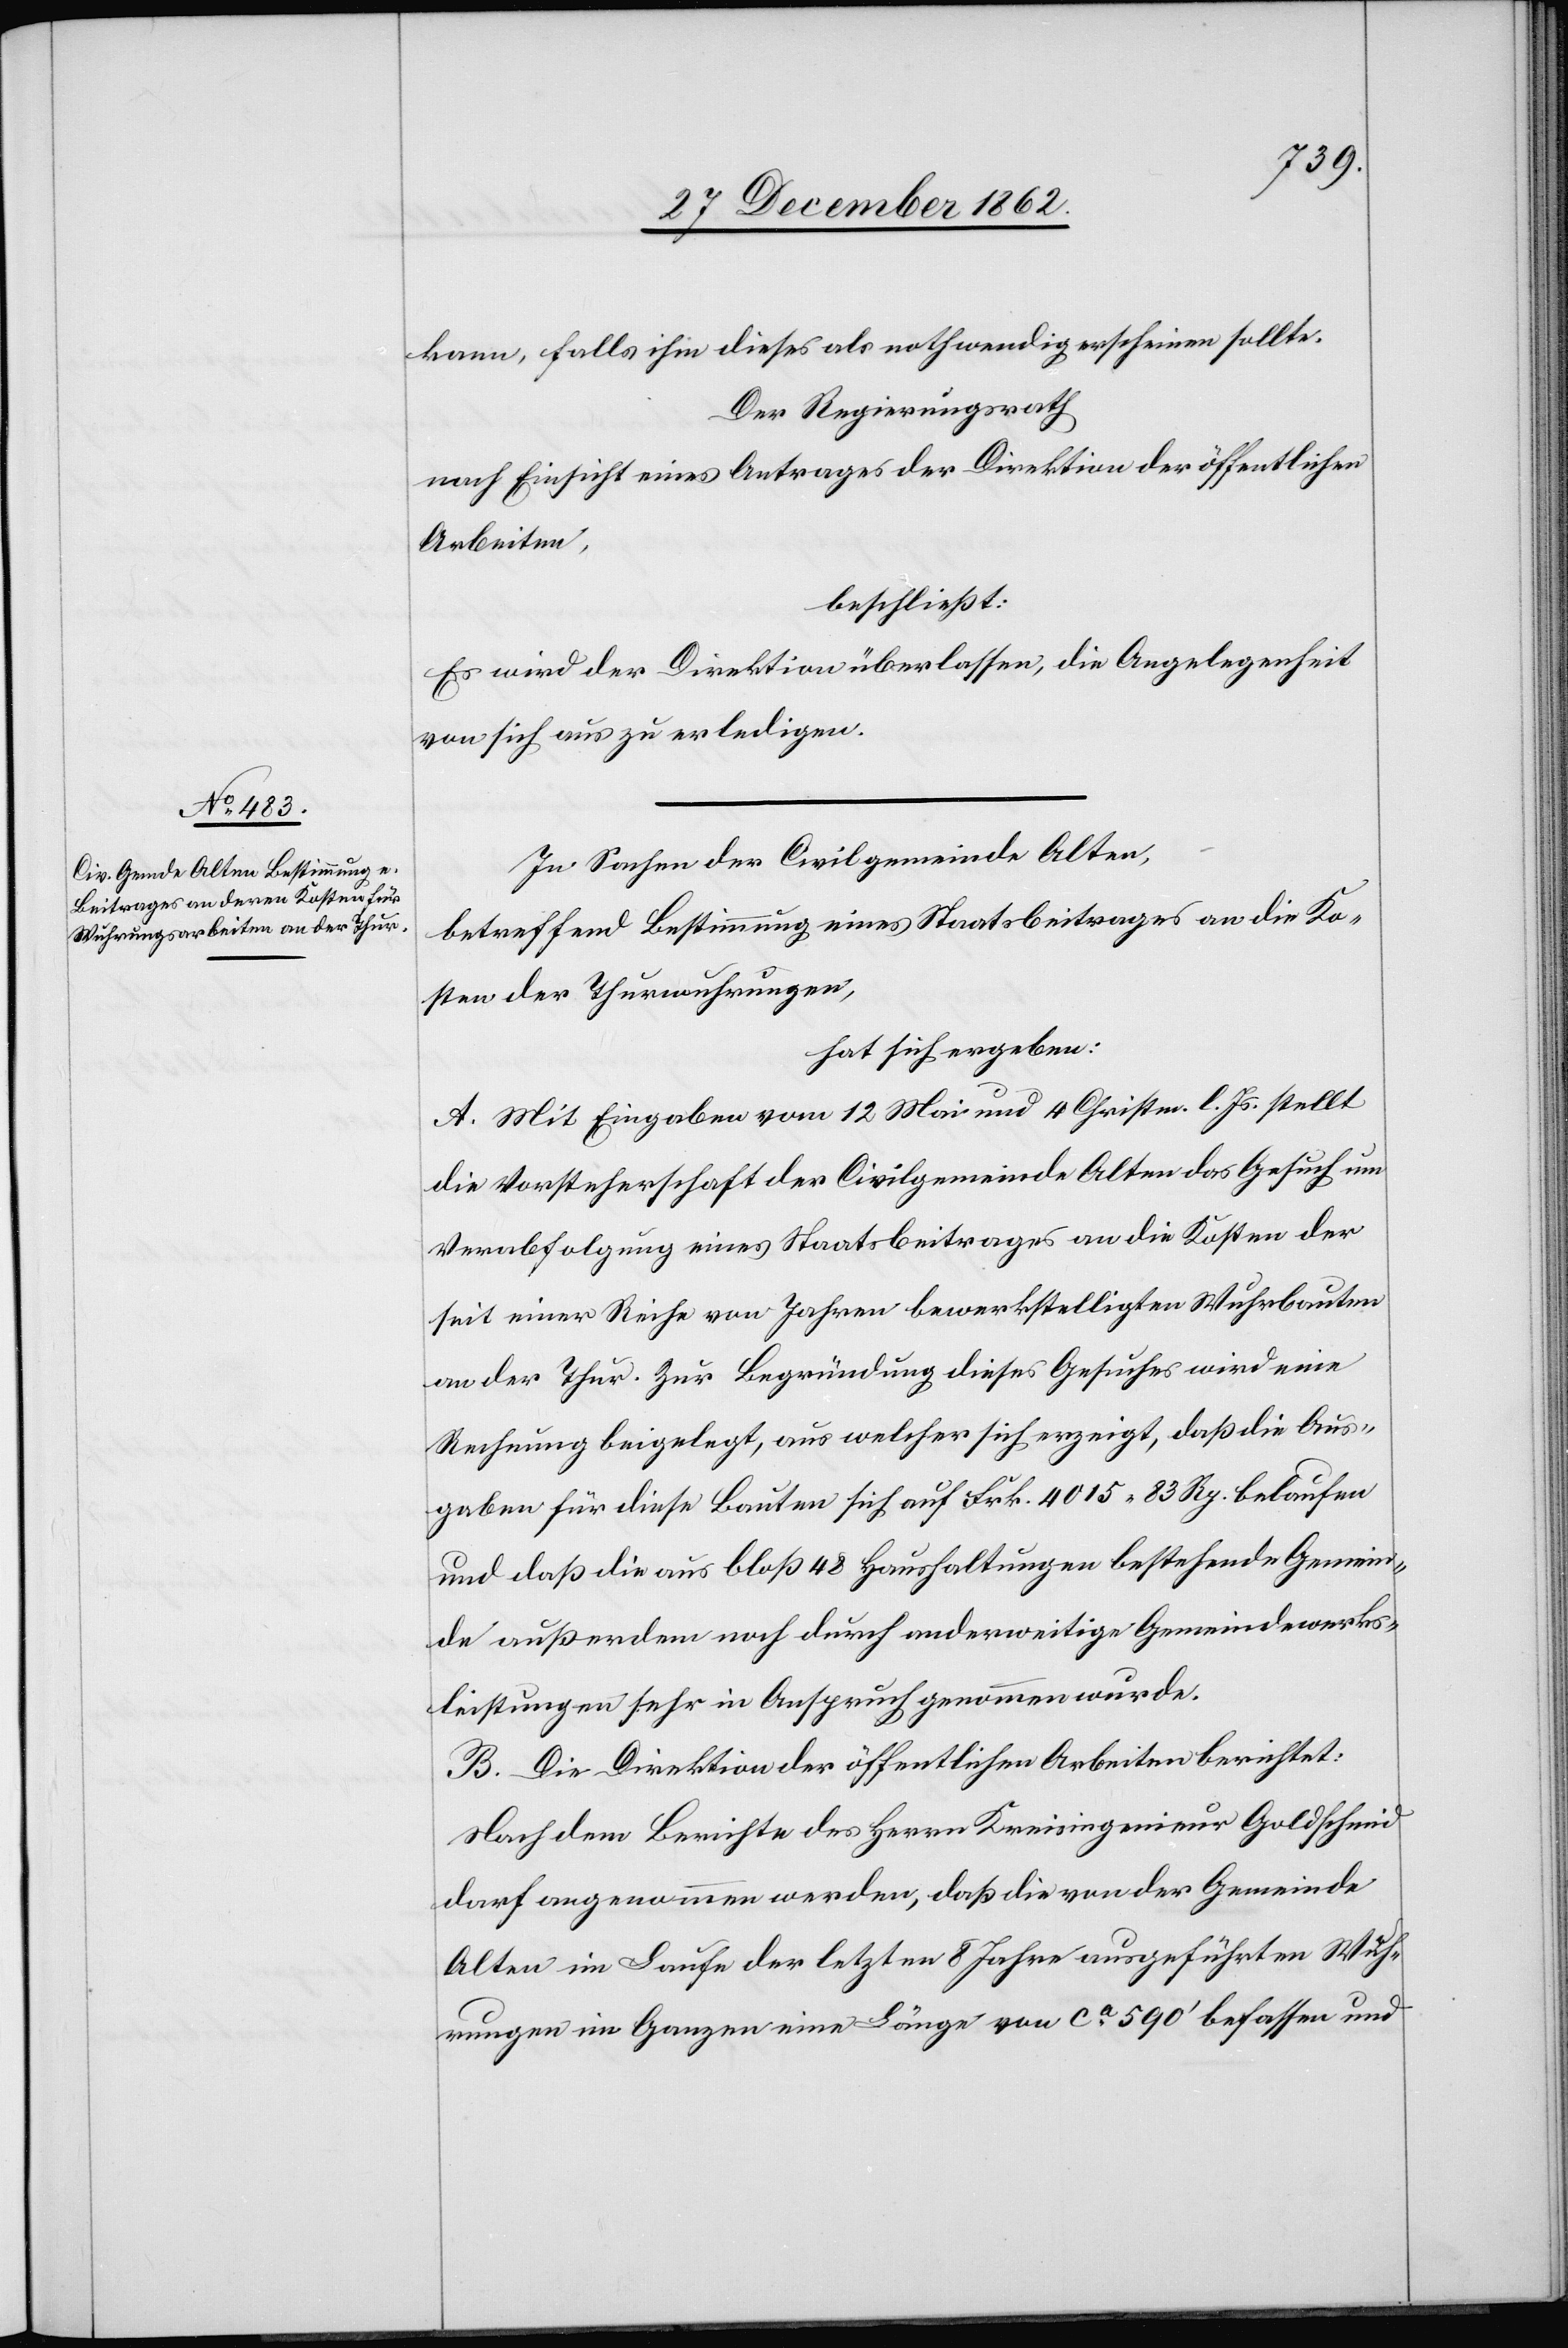
kann, falls ihm dieses als nothwendig erscheinen sollte.
Der Regierungsrath
nach Einsicht eines Antrages der Direktion der öffentlichen
Arbeiten,
beschließt:
Es wird der Direktion überlassen, die Angelegenheit
von sich aus zu erledigen.
In Sachen der Civilgemeinde Alten,
betreffend Bestimmung eines Staatsbeitrages an die Ko¬
sten der Thurwuhrungen,
hat sich ergeben:
A. Mit Eingaben vom 12. Mai und 4. Christm. l. Js. stellt
die Vorsteherschaft der Civilgemeinde Alten das Gesuch um
Verabfolgung eines Staatsbeitrages an die Kosten der
seit einer Reihe von Jahren bewerkstelligten Wuhrbauten
an der Thur. Zur Begründung dieses Gesuches wird eine
Rechnung beigelegt, aus welcher sich erzeigt, daß die Aus¬
gaben für diese Bauten sich auf Frk. 4015 83 Rp. belaufen
und daß die aus bloß 48 Haushaltungen bestehende Gemein¬
de außerdem noch durch anderweitige Gemeindewerks¬
leistungen sehr in Anspruch genommen wurde.
B. Die Direktion der öffentlichen Arbeiten berichtet:
Nach dem Berichte des Herrn Kreisingenieur Goldschmid
darf angenommen werden, daß die von der Gemeine
Alten im Laufe der letzten 8 Jahre ausgeführten Wuh¬
rungen im Ganzen eine Läng von ca 590’ befassen und